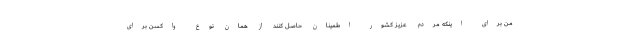
من برای اینکه مردم عزیز کشور اطمینان حاصل کنند از همان نوع واکسن برای